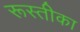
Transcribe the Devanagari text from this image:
रूस्तीका